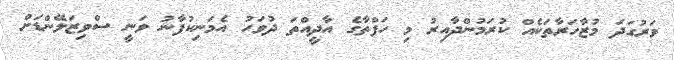
ވަރުގަދަ މުޒާހަރާތަކެއް ކުރަމުންދާއިރު މި ހަފްތާގެ އާދީއްތަ ދުވަހު އެމަނިކުފާނު ވަނީ ސްވިޒަލޭންޑަށް